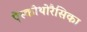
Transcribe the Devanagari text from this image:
ऐस्कोथोरैसिका